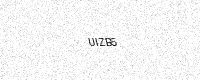
Text: UIZB5